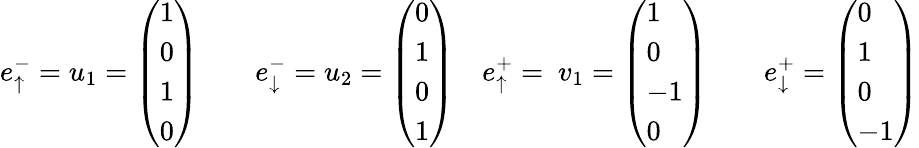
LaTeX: e_{\uparrow}^{-}=u_{1}=\left(\begin{array}{l}{1}\\ {0}\\ {1}\\ {0}\end{array}\right)\quad\quad e_{\downarrow}^{-}=u_{2}=\left(\begin{array}{l}{0}\\ {1}\\ {0}\\ {1}\end{array}\right)\quad e_{\uparrow}^{+}=\ v_{1}=\left(\begin{array}{l}{1}\\ {0}\\ {-1}\\ {0}\end{array}\right)\quad\quad e_{\downarrow}^{+}=\left(\begin{array}{l}{0}\\ {1}\\ {0}\\ {-1}\end{array}\right)